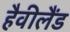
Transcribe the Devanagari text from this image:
हैवीलैंड